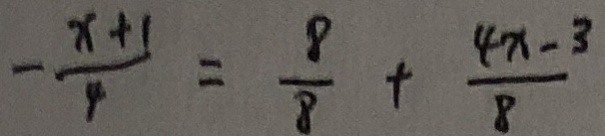
- \frac { x + 1 } { 4 } = \frac { 8 } { 8 } + \frac { 4 x - 3 } { 8 }